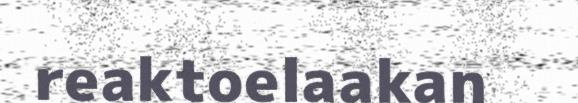
reaktoelaakan